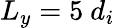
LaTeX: L_{y}=5\ d_{i}